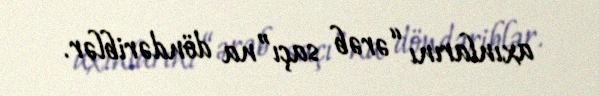
axınlarını “ərəb saçı”na döndəriblər.